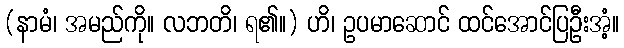
(နာမံ၊ အမည်ကို။ လဘတိ၊ ရ၏။) ဟိ၊ ဥပမာဆောင် ထင်အောင်ပြဦးအံ့။